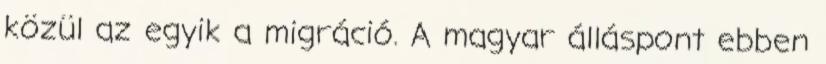
közül az egyik a migráció. A magyar álláspont ebben